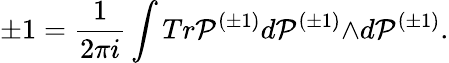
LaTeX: \pm 1=\frac{1}{2{\pi}i}\int Tr{\cal P}^{({\pm}1)}d{\cal P}^{({\pm}1)}{\wedge}d{\cal P}^{({\pm}1)}.